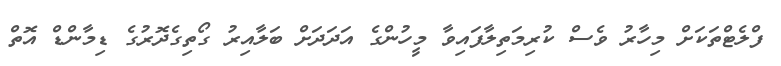
ފްލެޓްތަކަށް މިހާރު ވެސް ކުރިމަތިލާފައިވާ މީހުންގެ އަދަދަށް ބަލާއިރު ގޯތިގެދޮރުގެ ޑިމާންޑް އޮތް